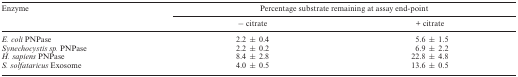
<table><thead><tr><td><b>Enzyme</b></td><td colspan="2"><b>Percentage substrate remaining at assay end-point</b></td></tr><tr><td></td><td><b>− citrate</b></td><td><b>+ citrate</b></td></tr></thead><tbody><tr><td><i>E. coli</i> PNPase</td><td>2.2 ± 0.4</td><td>5.6 ± 1.5</td></tr><tr><td><i>Synechocystis sp</i>. PNPase</td><td>2.2 ± 0.2</td><td>6.9 ± 2.2</td></tr><tr><td><i>H. sapiens</i> PNPase</td><td>8.4 ± 2.8</td><td>22.8 ± 4.8</td></tr><tr><td><i>S. solfataricus</i> Exosome</td><td>4.0 ± 0.5</td><td>13.6 ± 0.5</td></tr></tbody></table>